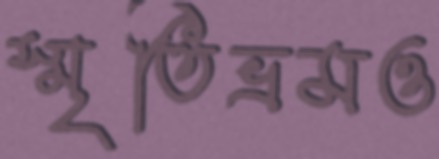
স্মৃতিভ্রমও